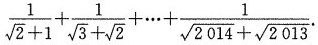
$$\frac{1}{\sqrt{2}+1}+ \frac{1}{\sqrt{3}+ \sqrt{2}}+ \cdots + \frac{1}{\sqrt{2014}+ \sqrt{2013}}$$.